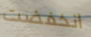
انخفضت